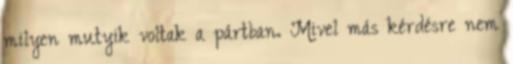
milyen mutyik voltak a pártban. Mivel más kérdésre nem